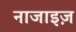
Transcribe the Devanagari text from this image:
नाजाइज़